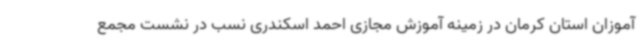
آموزان استان کرمان در زمینه آموزش مجازی احمد اسکندری نسب در نشست مجمع